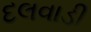
દલવાડી